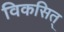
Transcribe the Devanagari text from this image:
विकसित्